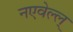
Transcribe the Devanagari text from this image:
नएवेल्ल्